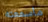
ماسمعته